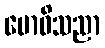
ဗောဓိသညာ